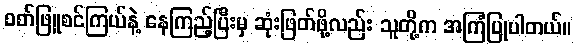
ဝတ်ဖြူစင်ကြယ်နဲ့ နေကြည့်ပြီးမှ ဆုံးဖြတ်ဖို့လည်း သူတို့က အကြံပြုပါတယ်။